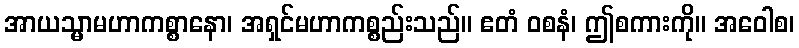
အာယသ္မာမဟာကစ္စာနော၊ အရှင်မဟာကစ္စည်းသည်။ ဧတံ ဝစနံ၊ ဤစကားကို။ အဝေါစ၊